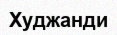
Худжанди